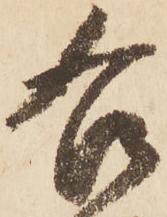
右